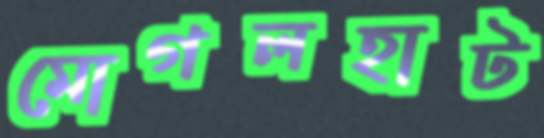
মোগলহাট